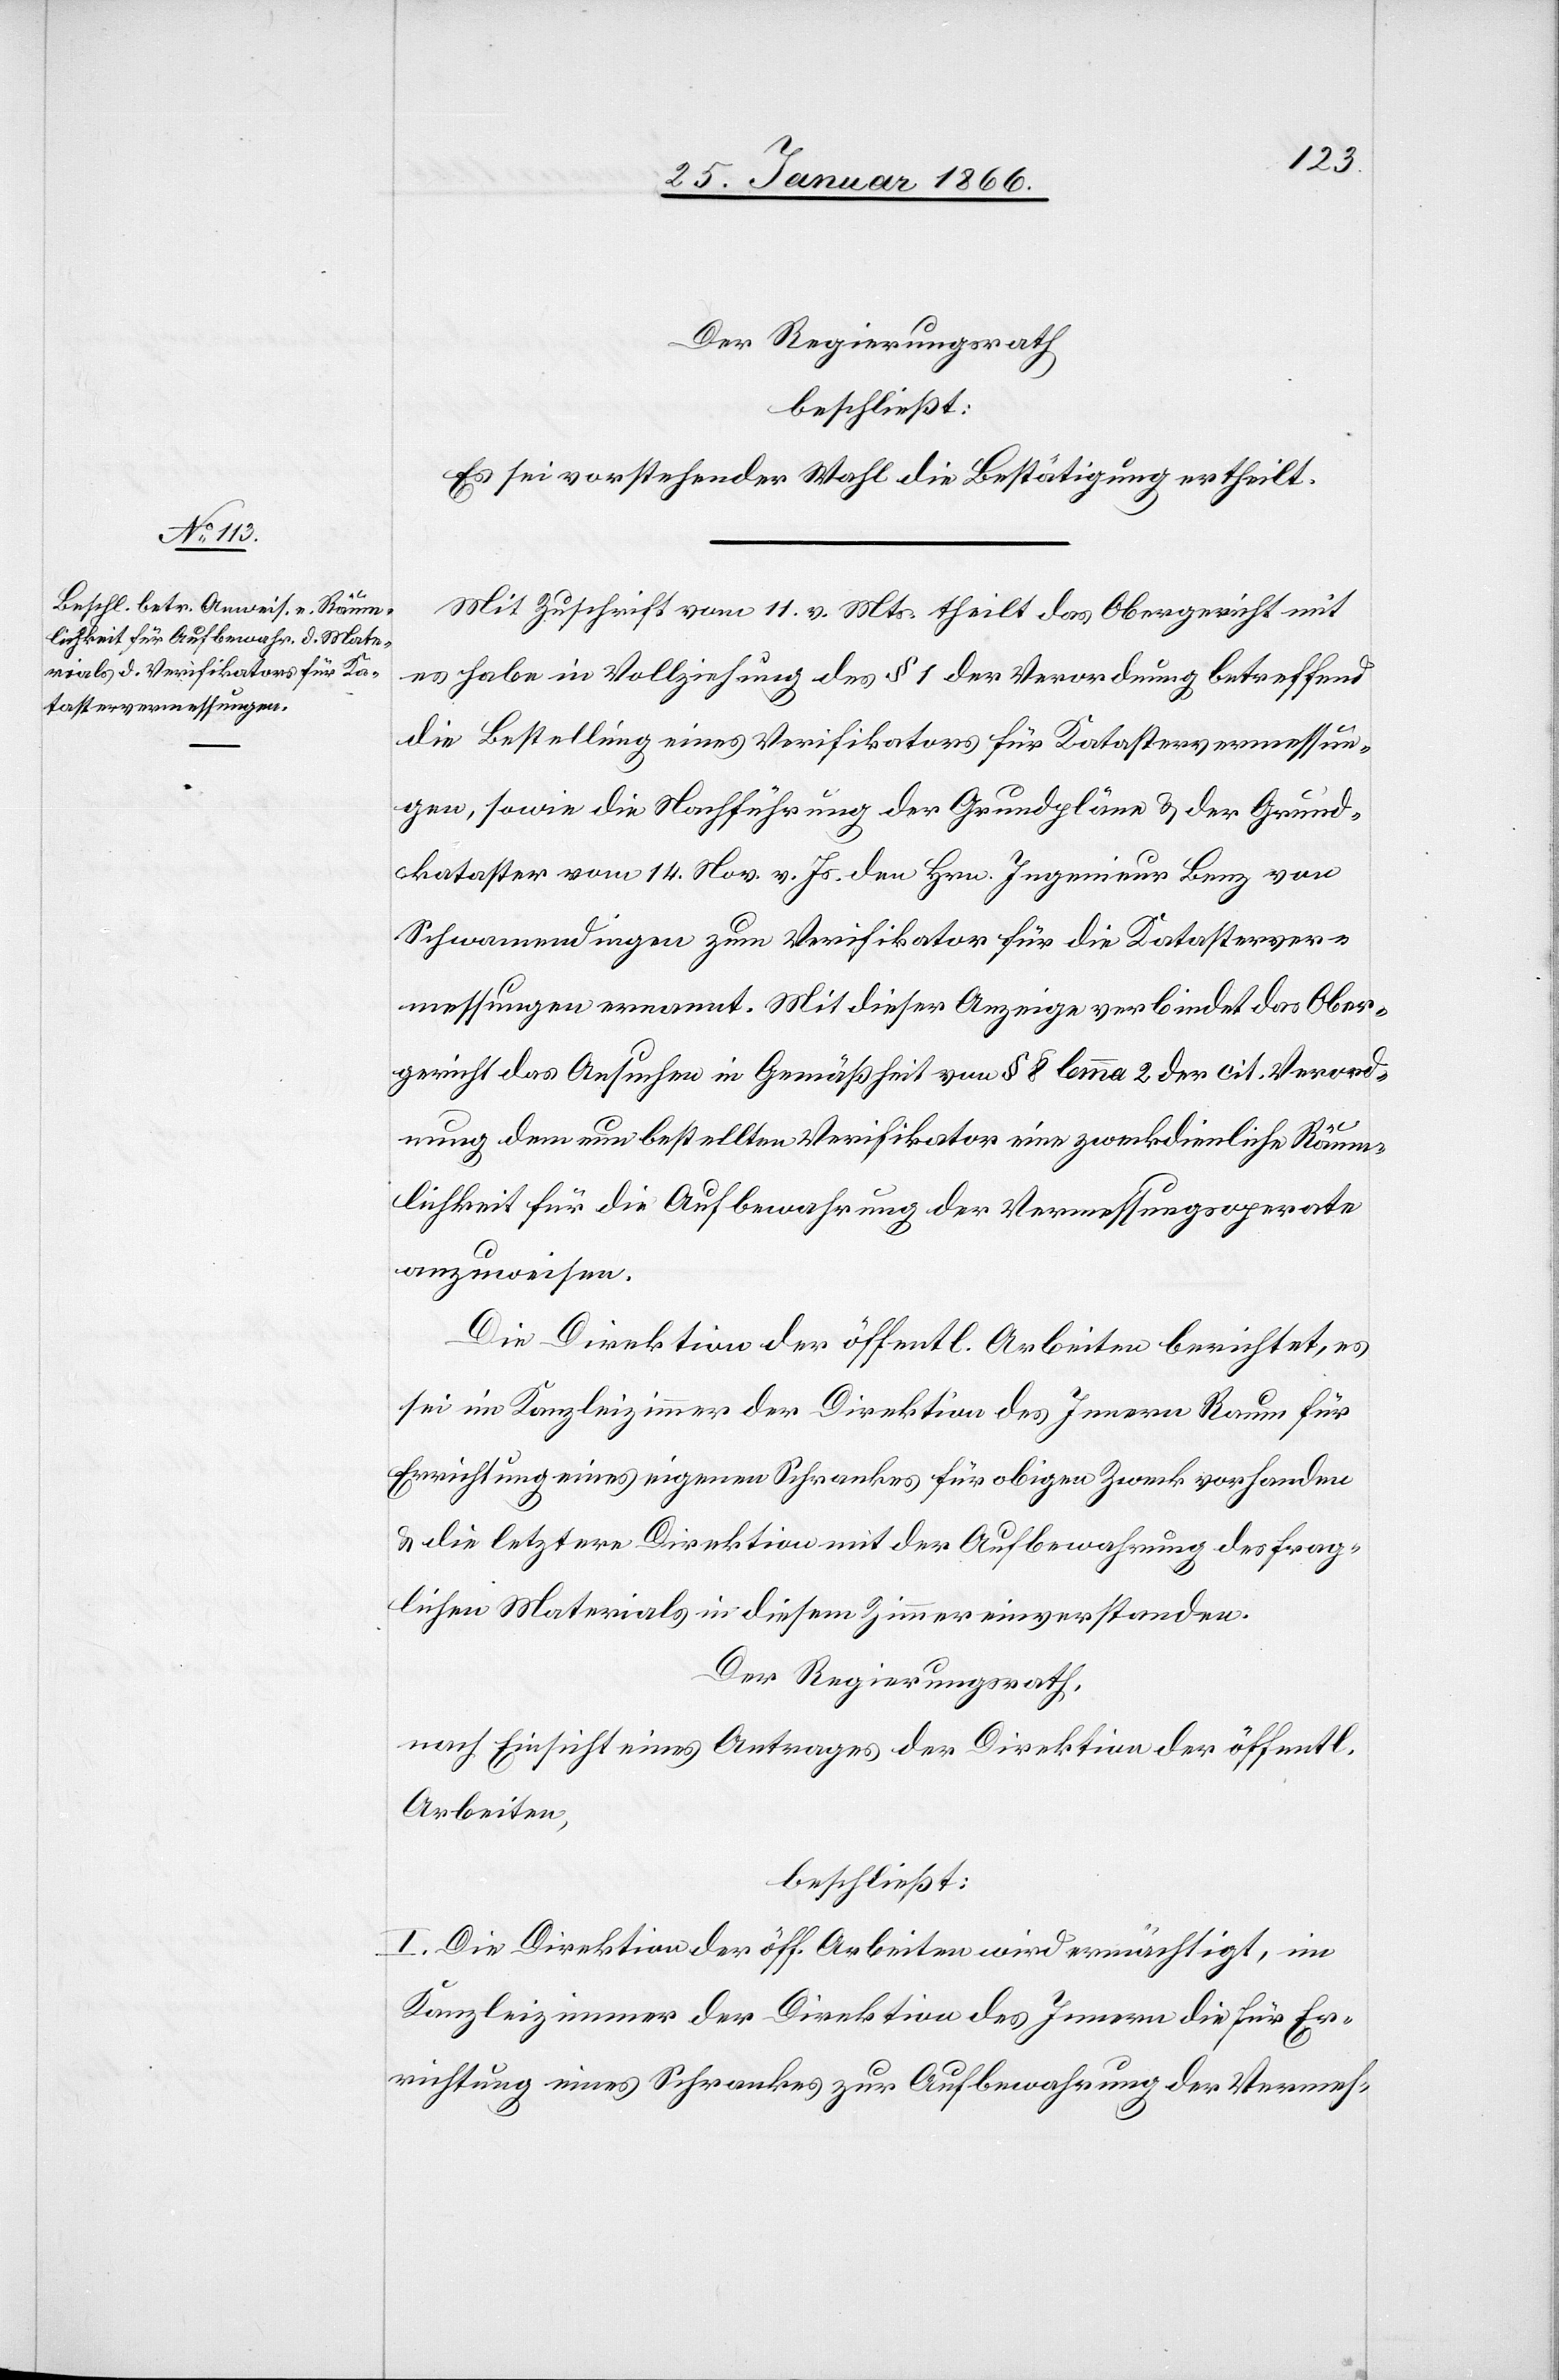
Der Regierungsrath,
beschließt:
Es sei vorstehender Wahl die Bestätigung ertheilt.
Mit Zuschrift vom 11. v. Mts. theilt das Obergericht mit
es habe in Vollziehung des § 1 der Verordnung betreffend
die Bestellung eines Verifikators für Katastervermessun¬
gen, sowie die Nachführung der Grundpläne u. der Grund¬
kataster vom 14. Nov. v. Js. den Hrn. Ingenieur Benz von
Schwamendingen zum Verifikator für die Katasterver¬
messungen ernannt. Mit dieser Anzeige verbindet das Ober¬
gericht das Ansuchen in Gemäßheit von § 8 Lemma 2 der cit. Verord¬
nung dem nun bestellten Verifikator eine zweckdienliche Räum¬
lichkeit für die Aufbewahrung der Vermessungsaparate
anzweisen.
Die Direktion der öffentl. Arbeiten berichtet, es
sei im Kanzleizimmer der Direktion des Innern Raum für
Errichtung eines eigenen Schrankes für obigen Zweck vorhanden
u. die letztere Direktion mit der Aufbewahrung des frag¬
lichen Materials in diesem Zimmer einverstanden.
Der Regierungsrath,
nach Einsicht eines Antrages der Direktion der öffentl.
Arbeiten,
beschließt:
I. Die Direktion der öff. Arbeiten wird ermächtigt, im
Kanzleizimmer der Direktion des Innern die für Er¬
richtung eines Schrankes zur Aufbewahrung der Vermes-